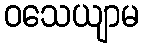
ဝသေယျာမ